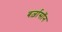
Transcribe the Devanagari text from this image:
बर्ज़ासॉन